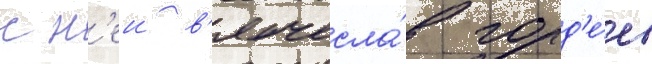
с н'еи в'ячесла́в горд'е́ев